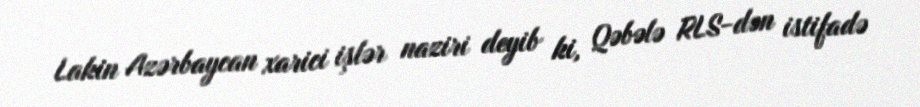
Lakin Azərbaycan xarici işlər naziri deyib ki, Qəbələ RLS-dən istifadə